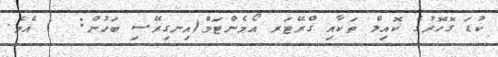
ކުޑަ ގޮހޮރުގެ ކޮއިލް ތަކާއި ގްރޭޓަރ އޯމެންޓަމް(އިނގިރޭސި ބަހުން:  ) އެވެ.